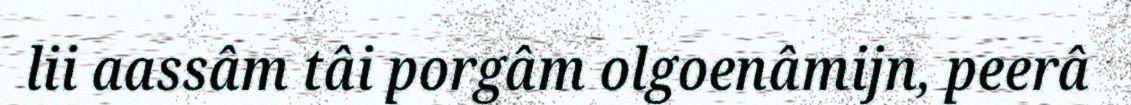
lii aassâm tâi porgâm olgoenâmijn, peerâ